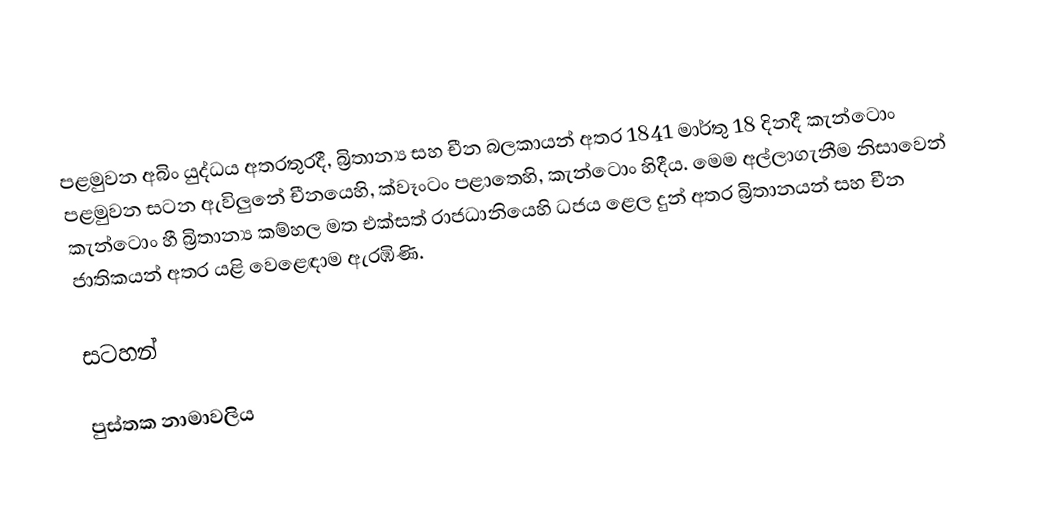
පළමුවන අබිං යුද්ධය අතරතුරදී, බ්‍රිතාන්‍ය සහ චීන බලකායන් අතර  1841  මාර්තු  18 දිනදී කැන්ටොං පළමුවන සටන ඇවිලුනේ චීනයෙහි,  ක්වෑංටං පළාතෙහි,  කැන්ටොං හිදීය. මෙම අල්ලාගැනීම නිසාවෙන්  කැන්ටොං හී බ්‍රිතාන්‍ය කම්හල මත එක්සත් රාජධානියෙහි ධජය ළෙල දුන් අතර බ්‍රිතානයන් සහ චීන ජාතිකයන් අතර යළි වෙළෙඳාම ඇරඹිණි.

සටහන්

පුස්තක නාමාවලිය